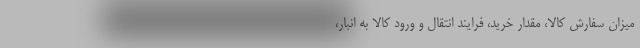
میزان سفارش کالا، مقدار خرید، فرایند انتقال و ورود کالا به انبار،